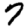
Digit: 7